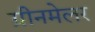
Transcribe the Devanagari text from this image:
ग्रीनमेलर